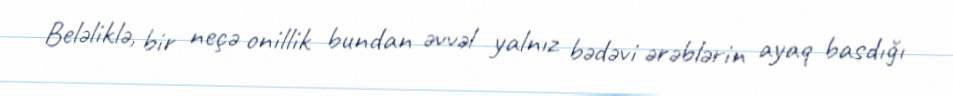
Beləliklə, bir neçə onillik bundan əvvəl yalnız bədəvi ərəblərin ayaq basdığı